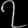
Digit: ၇